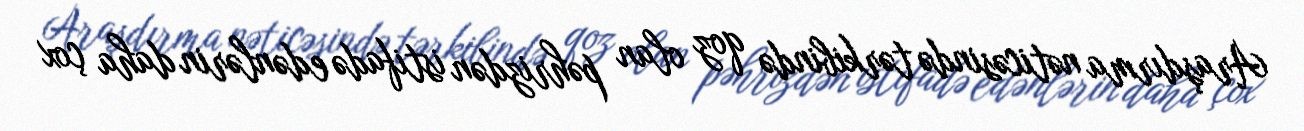
Araşdırma nəticəsində tərkibində qoz olan pəhrizdən istifadə edənlərin daha çox